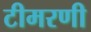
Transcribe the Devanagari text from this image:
टीमरणी